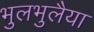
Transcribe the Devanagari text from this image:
भुलभुलैया